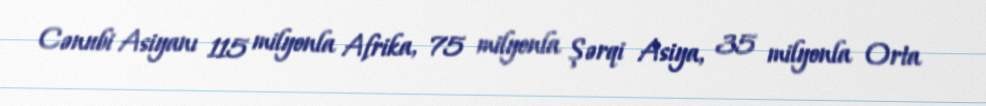
Cənubi Asiyanı 115 milyonla Afrika, 75 milyonla Şərqi Asiya, 35 milyonla Orta